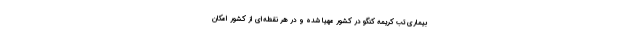
بیماری تب کریمه کنگو در کشور مهیا شده و در هر نقطه‌ای از کشور امکان